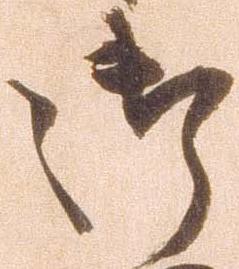
御